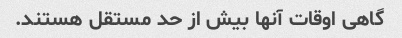
گاهی اوقات آنها بیش از حد مستقل هستند.